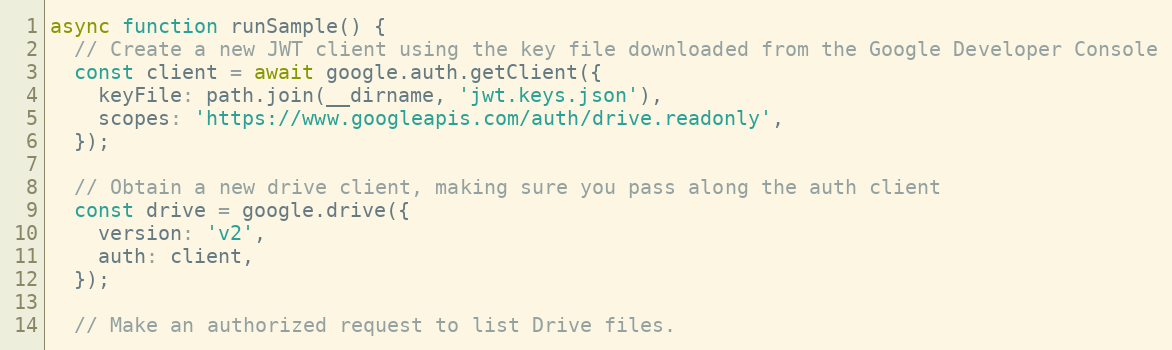
Language: JavaScript
async function runSample() {
  // Create a new JWT client using the key file downloaded from the Google Developer Console
  const client = await google.auth.getClient({
    keyFile: path.join(__dirname, 'jwt.keys.json'),
    scopes: 'https://www.googleapis.com/auth/drive.readonly',
  });

  // Obtain a new drive client, making sure you pass along the auth client
  const drive = google.drive({
    version: 'v2',
    auth: client,
  });

  // Make an authorized request to list Drive files.